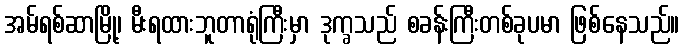
အမ်ရစ်ဆာမြို့၊ မီးရထားဘူတာရုံကြီးမှာ ဒုက္ခသည် စခန်းကြီးတစ်ခုပမာ ဖြစ်နေသည်။